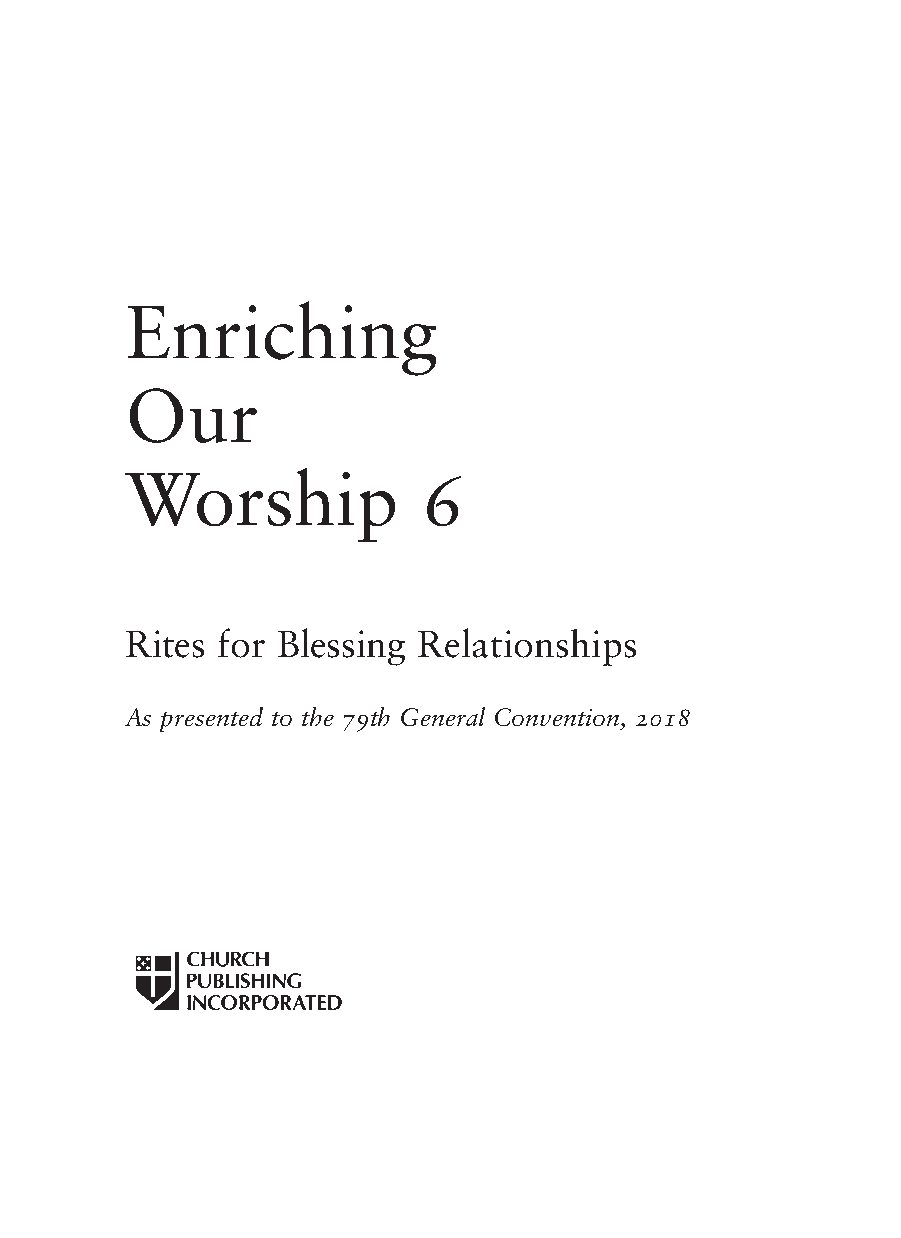
Enriching
 Our
 Worship             6
 Rites for Blessing  Relationships
 As presented to the 79th General Convention, 2018
 i